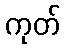
ကုတ်